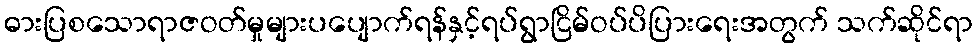
ဓားပြစသောရာဇဝတ်မှုများပပျောက်ရန်နှင့်ရပ်ရွာငြိမ်ဝပ်ပိပြားရေးအတွက် သက်ဆိုင်ရာ